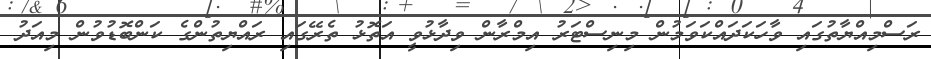
ރަސްމިއްޔާތުގައި ވާހަކަދައްކަވަމުން މިނިސްޓަރު އިމްރާން ވިދާޅުވީ އަތޮޅު ތެރޭގައި ރައްޔިތުންގެ ކަންބޮޑުވުން މިއަދު